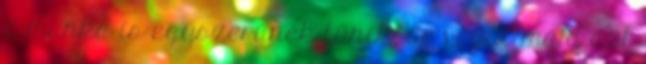
a munka is egyszerűnek tűnik, de végül majd azt